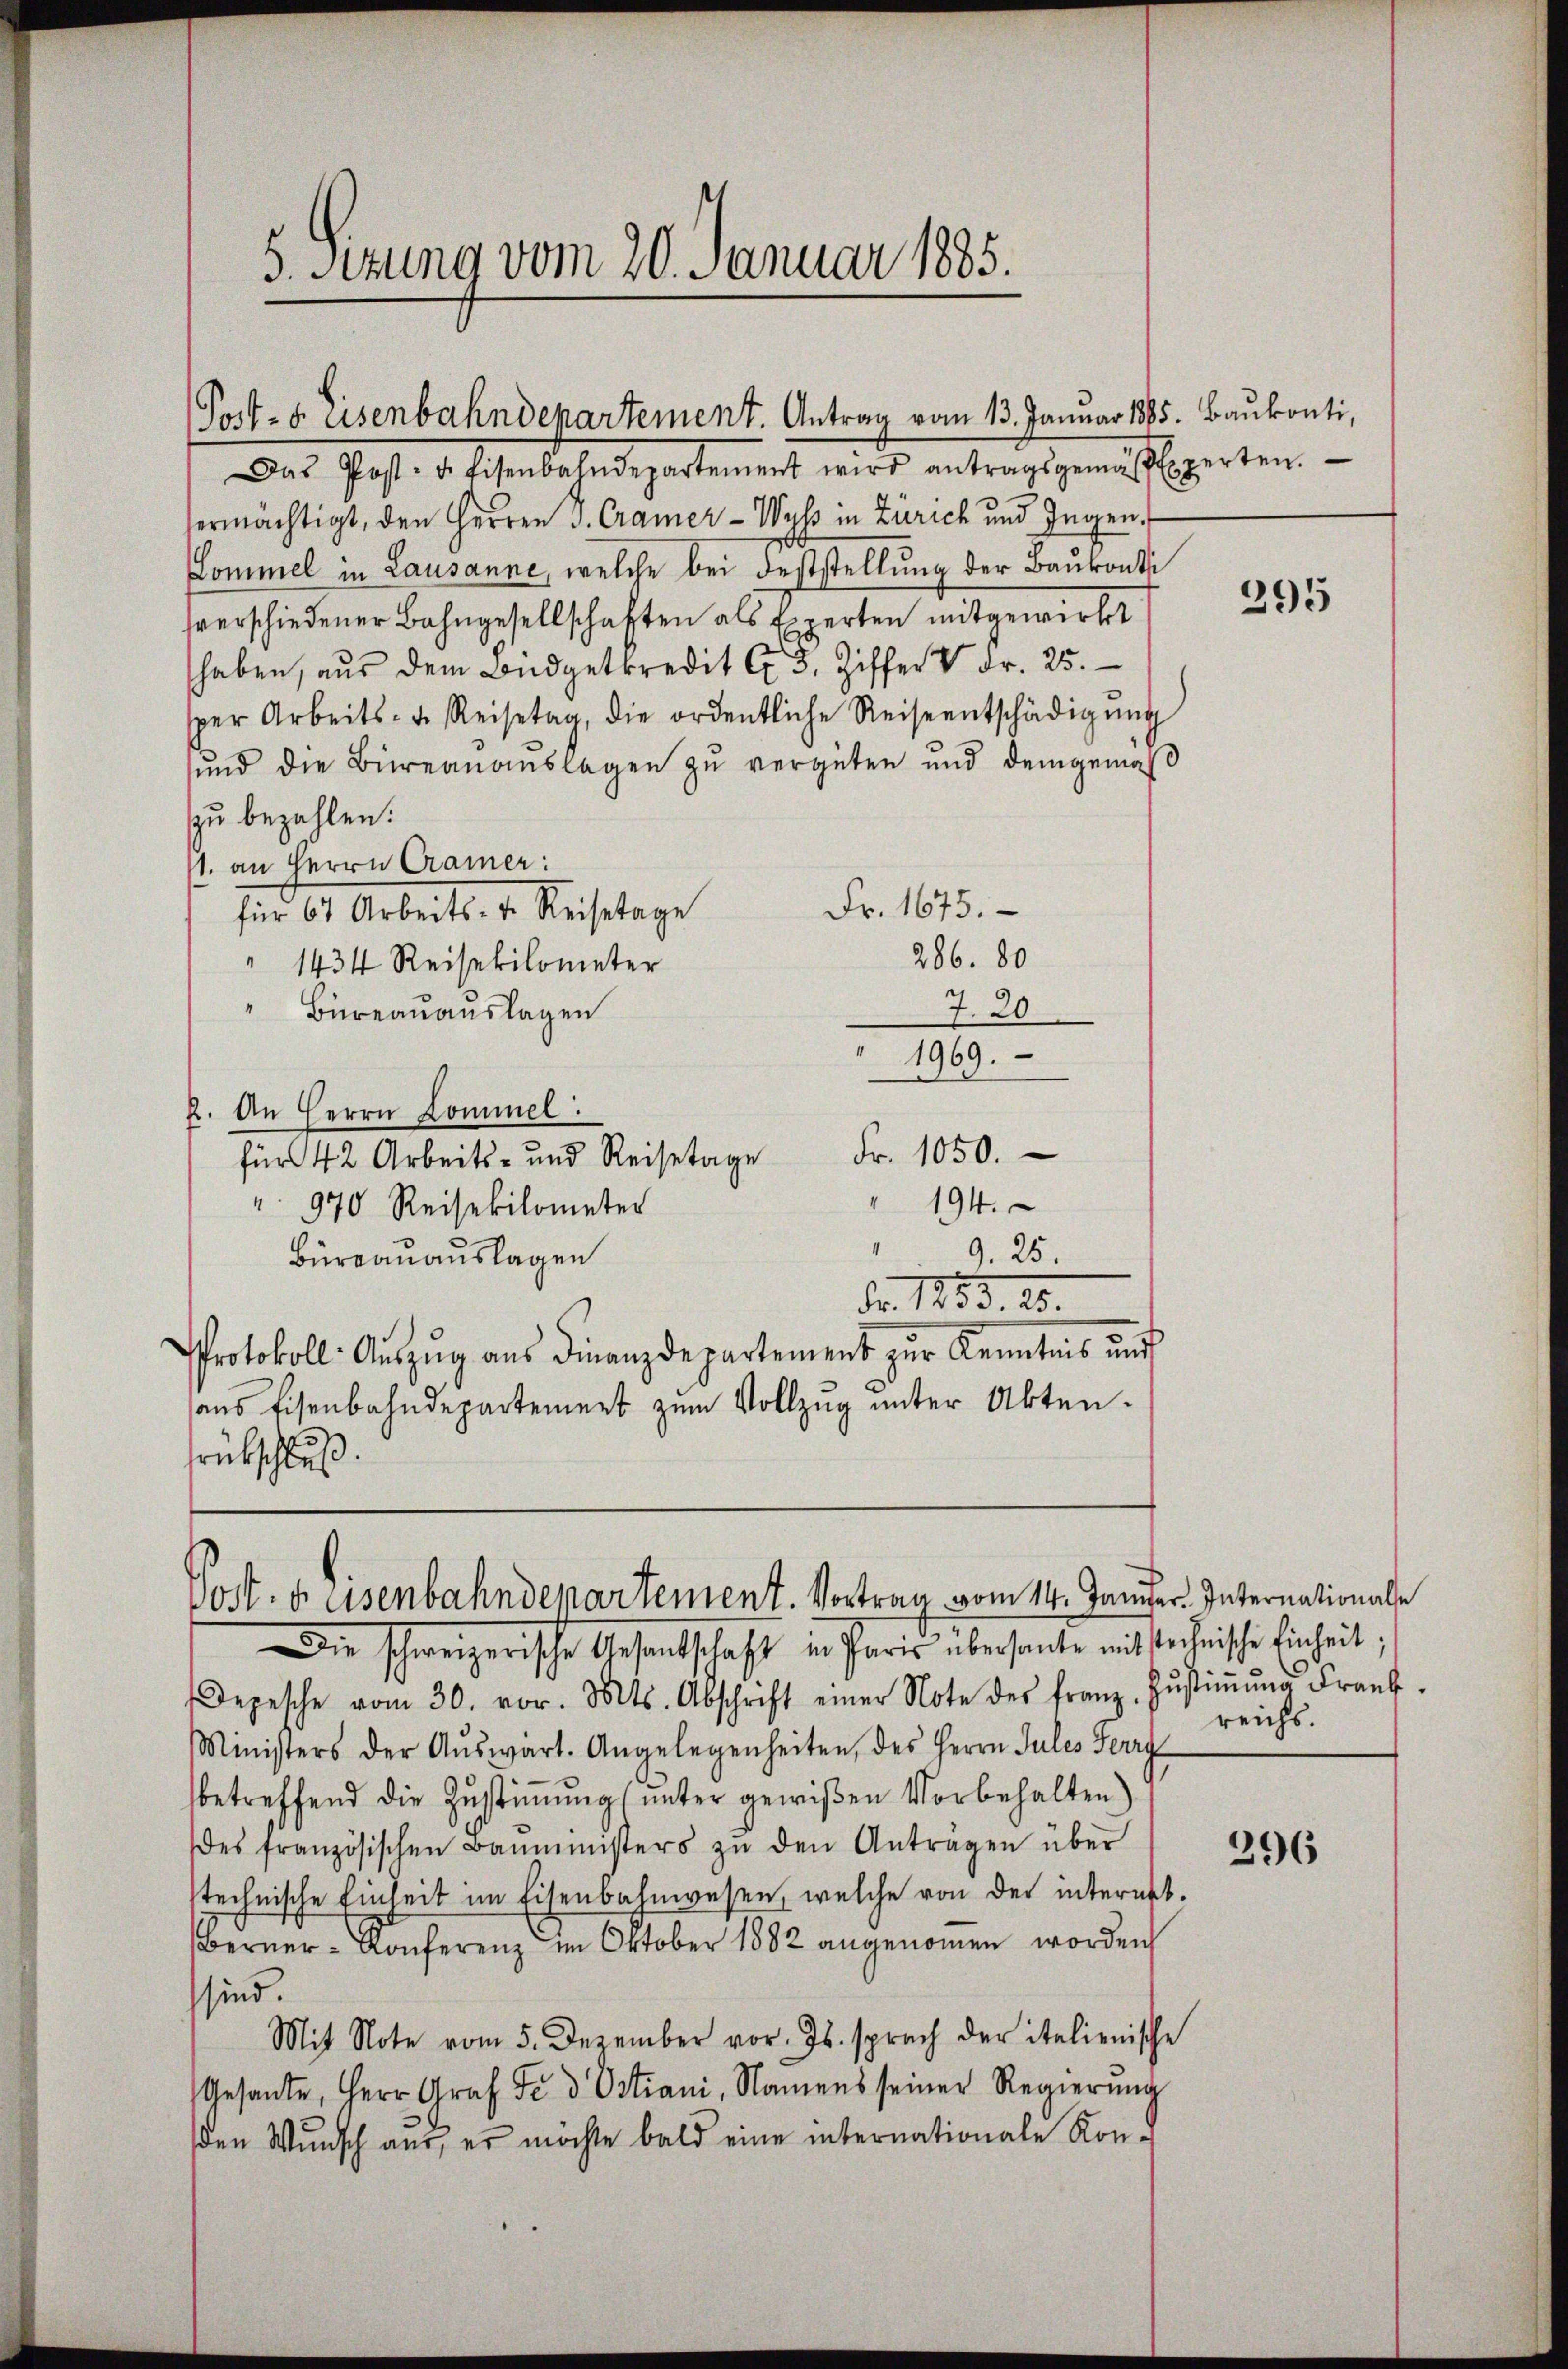
Das Post. d. Eisenbahndepartement wird antragsgemässigerten.
sermächtigt, den Herren S. Cramer - Wyss in Zürich und Ingen,
Lommel in Lausanne, welche bei Feststellung der Baukonti
sverschiedener Bahngesellschaften als Experten mitgewirkt
haben, aŭs dem Büdgetkredit C. 5. Ziffer V Fr. 25.
sper Arbeits- u. Reisetag, die ordentliche Reiseentschädigŭng
sund die Büreaŭaŭslagen zu vergüten und demgemäβ
zu bezahlen.
11. an Herrn Cramer:
Fr. 1675.
für 64 Arbeits- u. Reisetage
286. 80
" 1434 Reisekilometer
" Büreauauslagen
7. 20
1969.
2. An Herrn Commel.
für 42 Arbeits- und Reisetage Fr. 1050.
" 194.
" 970 Reisekilometer
" 9.25.
Büreauauslagen
dr. 1853. 15.
Protokoll. Auszug aus Finanzdepartement zur Kenntnis und
aus Eisenbahndepartement zum Vollzug unter Aktensrükschluß

5. Sitzung vom 20. Januar 1885.

Post- u. Eisenbahndepartement. Antrag vom 13. Januar 1885. Baukonti,

Post- u. eisenbahndepartement. Vortrag vom 14. Januar. Internationale

Die schweizerische Gesantschaft in Paris übersante mit stechnische Einheit;
Depesche vom 30. vor. Mts. Abschrift einer Note der franz. Zŭstiṁŭng Frank.
Ministers der Aŭswart. Angelegenheiten, des Herrn Jules Herrg
betreffend die Zustimmung unter gewißen Vorbehalten)
es französischen Baŭministers zŭ den Anträgen über
stechnische Einheit im Eisenbahnwesen, welche von der internet.
Berner-Konferenz im Oktober 1882 angenommen worden
sind.
Mit Note vom 5. Dezember vor. Js. sprach der italienische
Gesante, Herr Graf Fe d Ostiani, Namens seiner Regierŭng
den Wunsch aus, er möchte bald eine internationale Kon-

295

reichs.

296